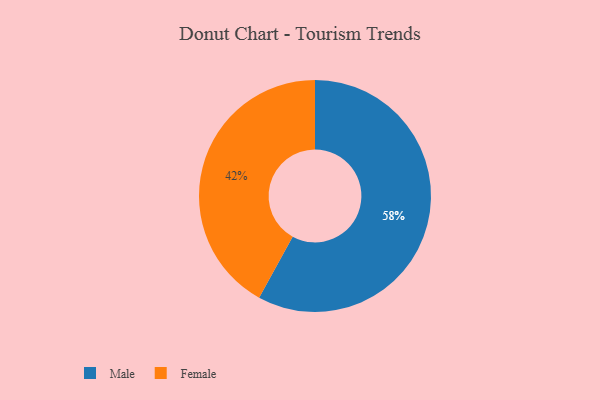
{"axis": {"x": "Category", "y": "Percentage"}, "legend": ["Female", "Male"], "data": [{"x": "Female", "y": 42, "type": "Female"}, {"x": "Male", "y": 58, "type": "Male"}]}